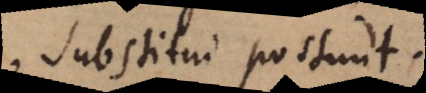
substitui possunt.